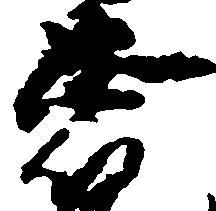
忠